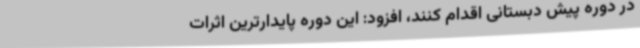
در دوره پیش دبستانی اقدام کنند، افزود: این دوره پایدارترین اثرات